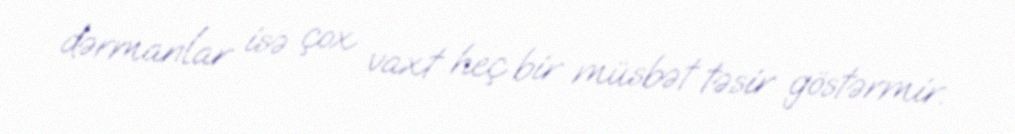
dərmanlar isə çox vaxt heç bir müsbət təsir göstərmir.